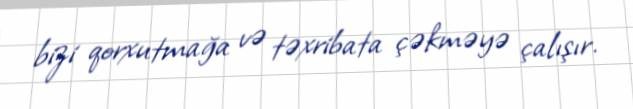
bizi qorxutmağa və təxribata çəkməyə çalışır.